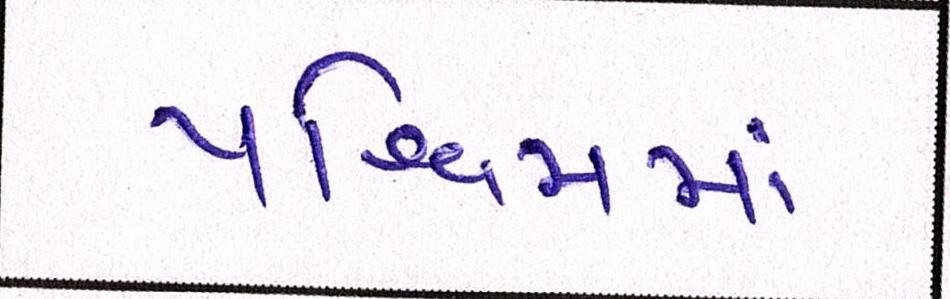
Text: પશ્ચિમમાં